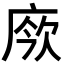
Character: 𢉄